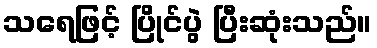
သရေဖြင့် ပြိုင်ပွဲ ပြီးဆုံးသည်။